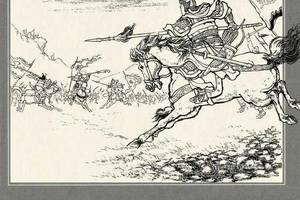
国有贤相良将，民之师表也。